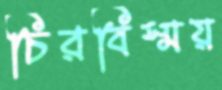
চিরবিস্ময়